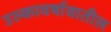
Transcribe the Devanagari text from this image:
उल्कावर्षावातील